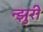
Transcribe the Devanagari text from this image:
न्झुरी